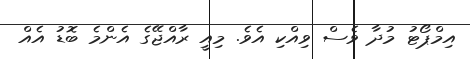
އިމްޕޯޓު މުދާ ވެސް ވިއްކި އެވެ. މިއީ ރާއްޖޭގެ އެންމެ ބޮޑު އެއް